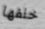
خلفها